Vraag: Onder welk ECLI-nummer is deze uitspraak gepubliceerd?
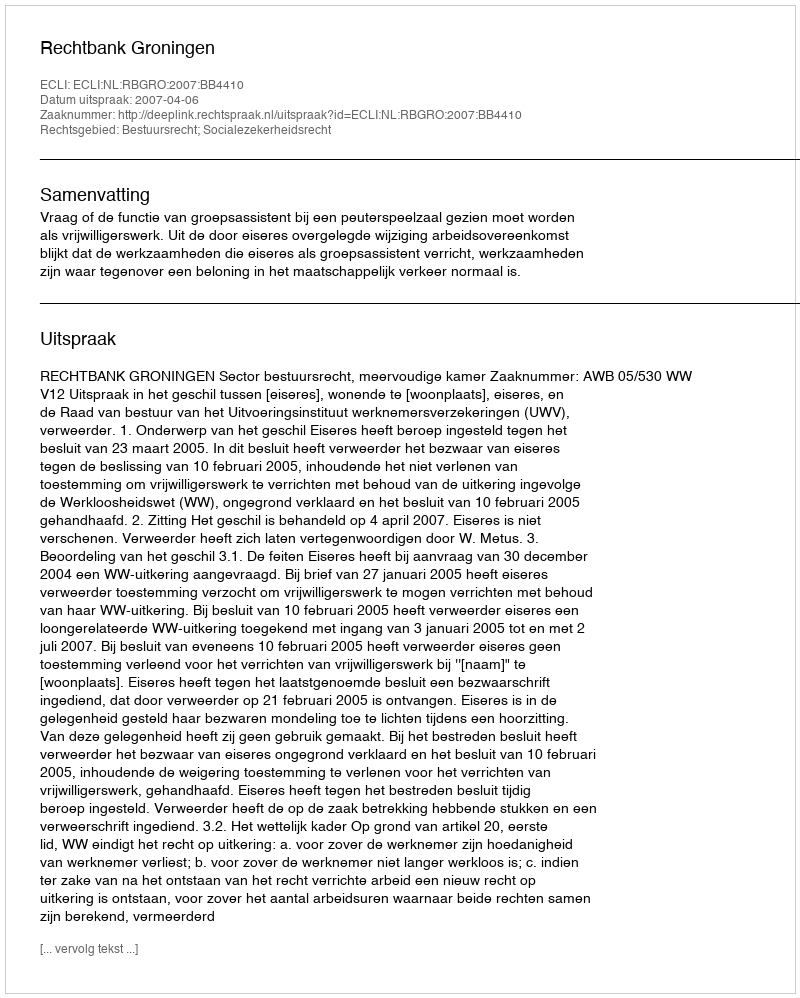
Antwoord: ECLI:NL:RBGRO:2007:BB4410